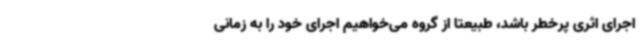
اجرای اثری پرخطر باشد، طبیعتا از گروه می‌خواهیم اجرای خود را به زمانی